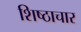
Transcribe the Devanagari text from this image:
शिष्ठाचार